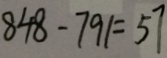
8 4 8 - 7 9 1 = 5 7